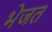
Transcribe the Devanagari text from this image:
भेजत